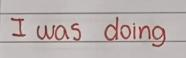
I was doing